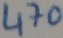
Text: 470